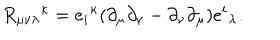
{ R _ { \mu \nu \lambda } } ^ { \kappa } = { e _ { i } } ^ { \kappa } ( \partial _ { \mu } \partial _ { \nu } - \partial _ { \nu } \partial _ { \mu } ) { e ^ { i } } _ { \lambda } .